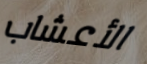
الأعشاب